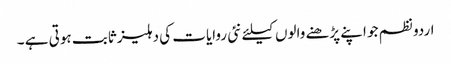
اردو نظم جو اپنے پڑھنے والوں کیلئے نئی روایات کی دہلیز ثابت ہوتی ہے ۔